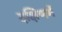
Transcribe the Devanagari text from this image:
दक्षिणमें